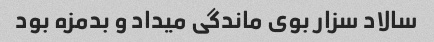
سالاد سزار بوی ماندگی میداد و بدمزه بود